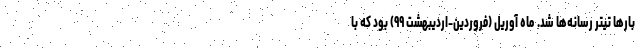
بارها تیتر رسانه‌ها شد. ماه آوریل (فروردین-اردیبهشت ۹۹) بود که با